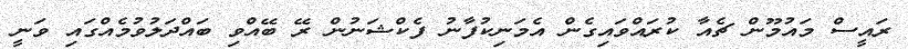
ރައީސް މައުމޫން ޗެއާ ކުރައްވައިގެން އެމަނިކުފާނު ފެކްޝަނުން ރޭ ބޭއްވި ބައްދަލުވުމެއްގައި ވަނީ